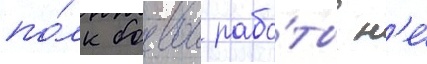
по́лк боевои рабо́ты н'е́